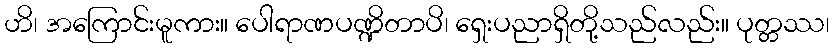
ဟိ၊ အကြောင်းမူကား။ ပေါရာဏပဏ္ဍိတာပိ၊ ရှေးပညာရှိတို့သည်လည်း။ ပုတ္တဿ၊